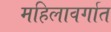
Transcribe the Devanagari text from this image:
महिलावर्गात